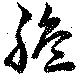
脆